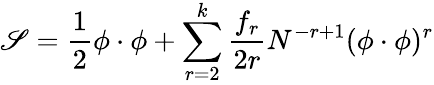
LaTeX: \mathscr{S}=\frac{1}{2}\phi\cdot\phi+\sum_{r=2}^{k}\frac{{f_{r}}}{{2r}}N^{-r+1}(\phi\cdot\phi)^{r}